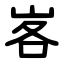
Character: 峉